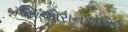
સિઓરાનએમિલ